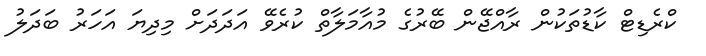
ކްރެޑިޓް ކާޑުތަކުން ރާއްޖޭން ބޭރުގެ މުއާމަލާތް ކުރެވޭ އަދަދަށް މިދިޔަ އަހަރު ބަދަލު